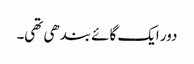
دور ایک گائے بندھی تھی۔